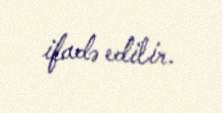
ifadə edilir.